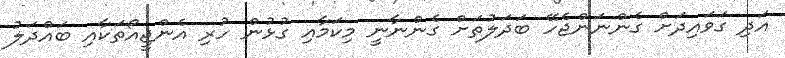
އަދި ގަވައިދަށް ގެންނަންޖެހޭ ބަދަލުތަށް ގެންނާނީ މިކަމާއި ގުޅުން ހުރި އެންޖީއޯތަކާއި ބައްދަލު